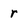
Character: r